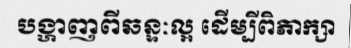
បង្ហាញពីឆន្ទៈល្អ ដើម្បីពិភាក្សា